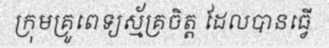
ក្រុមគ្រូពេទ្យស្ម័គ្រចិត្ត ដែលបានធ្វើ